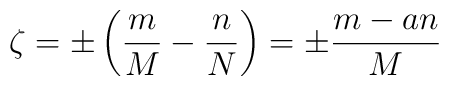
\zeta = \pm \left( \frac{m}{M} - \frac{n}{N}\right) = \pm \frac{m - an}{M}